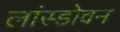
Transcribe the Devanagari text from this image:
लांस्डोवन